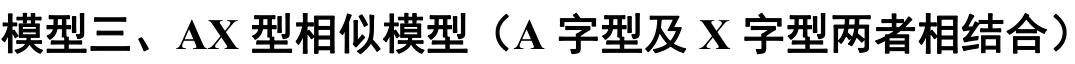
模型三、\(AX\)型相似模型（\(A\)字型及\(X\)字型两者相结合）